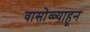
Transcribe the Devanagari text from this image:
वासोळ्याहून